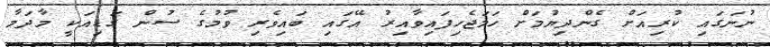
ނުނަގައި ކުރިއަށް ގެންދިޔުމަށް ހަމަޖެހިފައިވާއިރު އޭގައި ބައިވެރި ވުމުގެ ސުން ގަޑިއަކީ މާދަމާ